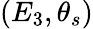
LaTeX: \left(E_{3},\theta_{s}\right)